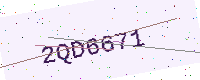
Text: 2QD6671